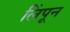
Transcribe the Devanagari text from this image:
लिंपून